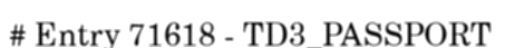
# Entry 71618 - TD3_PASSPORT